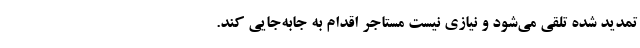
تمدید شده تلقی می‌شود و نیازی نیست مستاجر اقدام به جابه‌جایی کند.